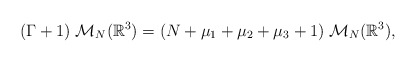
\begin{align*} (\Gamma+1)\;\mathcal{M}_{N}(\mathbb{R}^3)=(N+\mu_1+\mu_2+\mu_3+1)\;\mathcal{M}_{N}(\mathbb{R}^3),\end{align*}